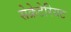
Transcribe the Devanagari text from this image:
सेक्रेटेरियट